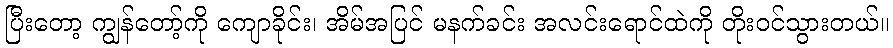
ပြီးတော့ ကျွန်တော့်ကို ကျောခိုင်း၊ အိမ်အပြင် မနက်ခင်း အလင်းရောင်ထဲကို တိုးဝင်သွားတယ်။